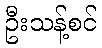
ဦးသန့်စင်